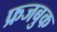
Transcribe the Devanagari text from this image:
फ्रजबुक